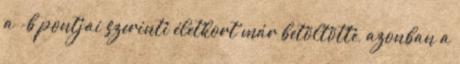
a -b pontjai szerinti életkort már betöltötte, azonban a